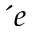
´ { e }